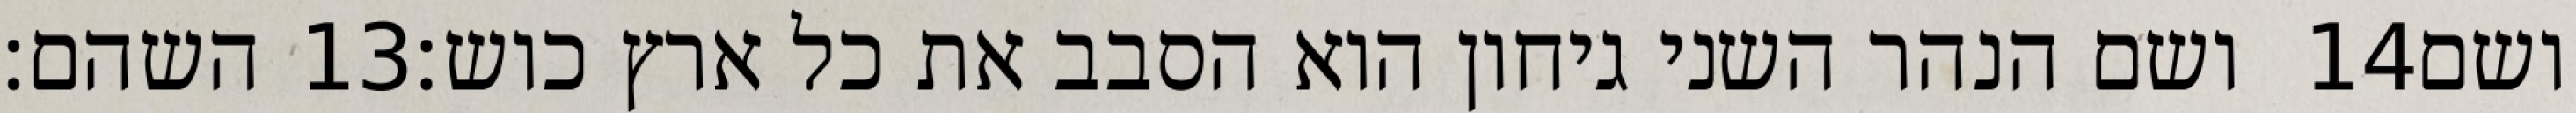
השהם׃ ‎13‏ ושם הנהר השני גיחון הוא הסבב את כל ארץ כוש׃ ‎14‏ ושם